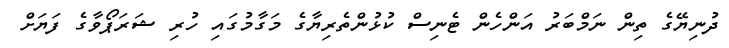
ދުނިޔޭގެ ތިން ނަމްބަރު އަންހެން ޓެނިސް ކުޅުންތެރިޔާގެ މަގާމުގައި ހުރި ޝަރަޕޯވާގެ ފަޔަށް